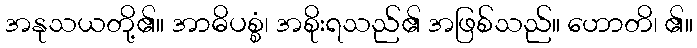
အနုသယတို့၏။ အာဓိပစ္စံ၊ အစိုးရသည်၏ အဖြစ်သည်။ ဟောတိ၊ ၏။